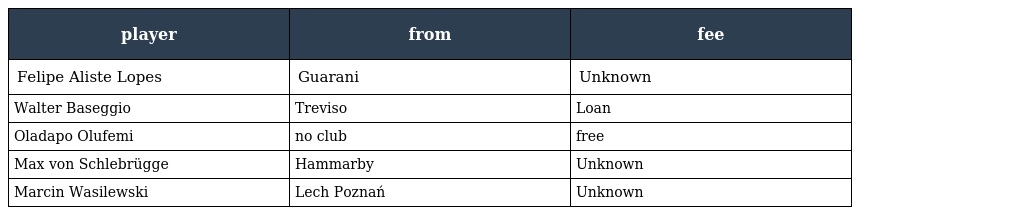
| player | from | fee |
 | --- | --- | --- |
 | Felipe Aliste Lopes | Guarani | Unknown |
 | Walter Baseggio | Treviso | Loan |
 | Oladapo Olufemi | no club | free |
 | Max von Schlebrügge | Hammarby | Unknown |
 | Marcin Wasilewski | Lech Poznań | Unknown |